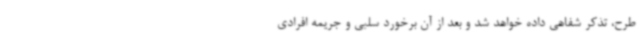
طرح، تذکر شفاهی داده خواهد شد و بعد از آن برخورد سلبی و جریمه افرادی